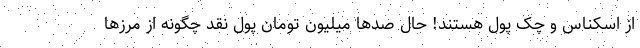
از اسکناس و چک پول هستند! حال صدها میلیون تومان پول نقد چگونه از مرزها